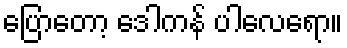
ပြောတော့ ဒေါကန် ပါလေရော။